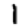
Digit: 1